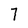
Character: 7